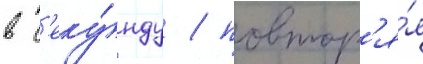
в с'еку́нду / повтор'я́я